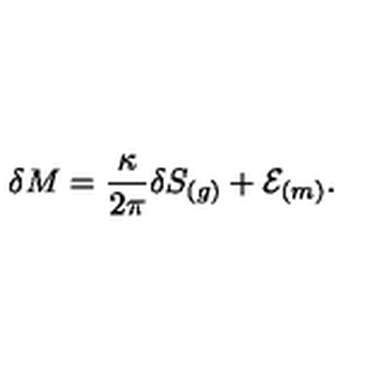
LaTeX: \delta M = { \frac { \kappa } { 2 \pi } } \delta S _ { ( g ) } + { \cal E } _ { ( m ) } .